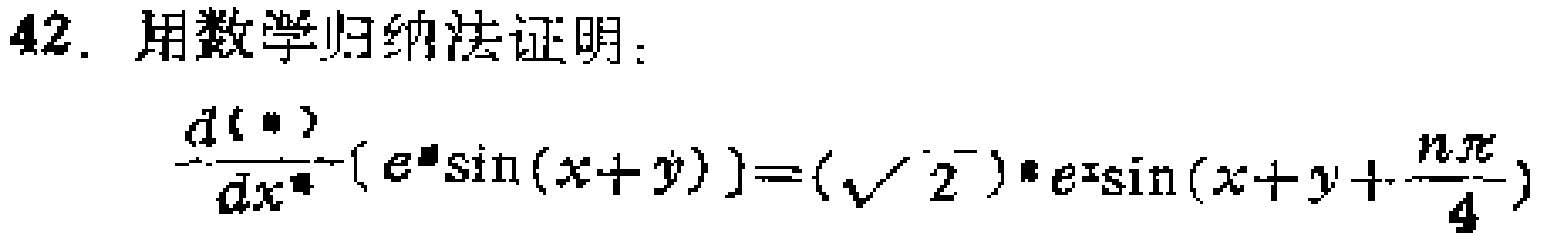
42. 用数学归纳法证明：

\(\frac{d^{(n)}}{dx^{n}}(e^{x}\sin(x + y)) = (\sqrt{2})^{n}e^{x}\sin(x + y+\frac{n\pi}{4})\)